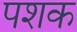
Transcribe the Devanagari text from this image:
पशक